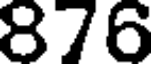
876